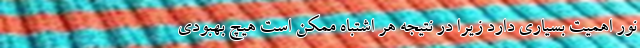
نور اهمیت بسیاری دارد زیرا در نتیجه هر اشتباه ممکن است هیچ بهبودی